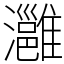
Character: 灉